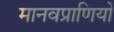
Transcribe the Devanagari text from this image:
मानवप्राणियों